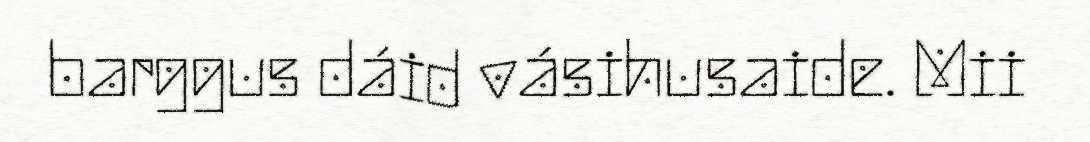
barggus dáid vásihusaide. Mii